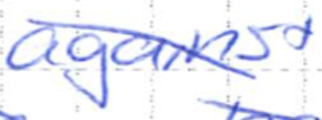
Text: against
Cross-out: diagonal
Writing tool: ballpoint